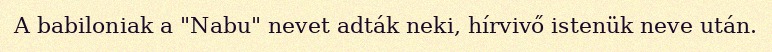
A babiloniak a "Nabu" nevet adták neki, hírvivő istenük neve után.